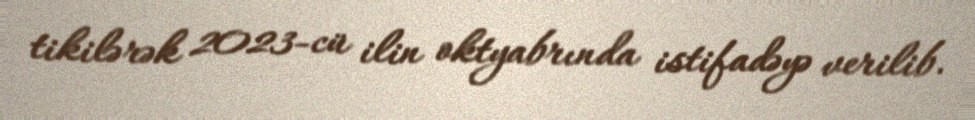
tikilərək 2023-cü ilin oktyabrında istifadəyə verilib.